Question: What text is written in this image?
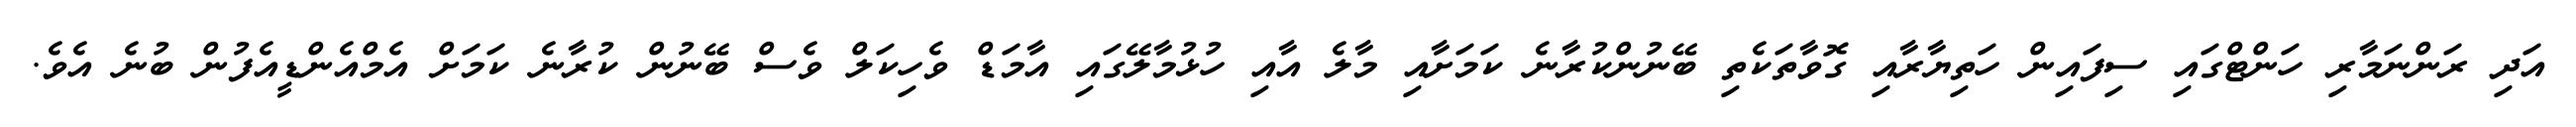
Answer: އަދި ރަންނަމާރި ހަންޓްގައި ސިފައިން ހަތިޔާރާއި ގޮވާތަކެތި ބޭނުންކުރާނެ ކަމަށާއި މާލެ އާއި ހުޅުމާލޭގައި އާމަޑް ވެހިކަލް ވެސް ބޭނުން ކުރާނެ ކަމަށް އެމްއެންޑީއެފުން ބުނެ އެވެ.